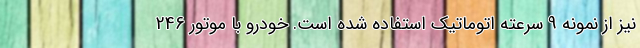
نیز از نمونه 9 سرعته اتوماتیک استفاده شده است. خودرو با موتور 246